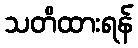
သတိထားရန်